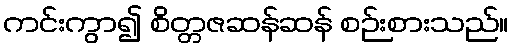
ကင်းကွာ၍ စိတ္တဇဆန်ဆန် စဉ်းစားသည်။